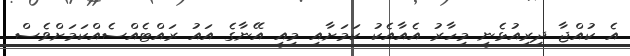
އެ ކުއްޖާ ދިރިއުޅެނީ މިހާރު އެއާއެކު ކަމަށާއި މިއީ އޭނާގެ އައު ރައްޓެއްސެއްކަމަށްވެސް